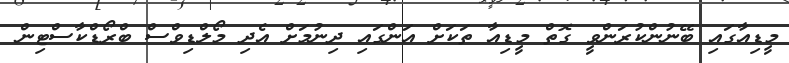
މީޑިއާގައި ބޭނުންކުރަންވީ ގޮތް މީޑިއާ ތަކަށް އަންގައި ދިނުމަށް އެދި މޯލްޑިވްސް ބްރޯޑްކާސްޓިން